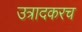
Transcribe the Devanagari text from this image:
उत्रादकरच